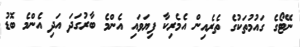
ނޭޓޯގެ ގައުމުތަކުގެ ތެރެއިން އެމެރިކާ ފިޔަވައި އެންމެ ބާރުގަދަ އަދި އެންމެ ބޮޑު